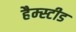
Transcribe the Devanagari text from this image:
हैम्स्टीड